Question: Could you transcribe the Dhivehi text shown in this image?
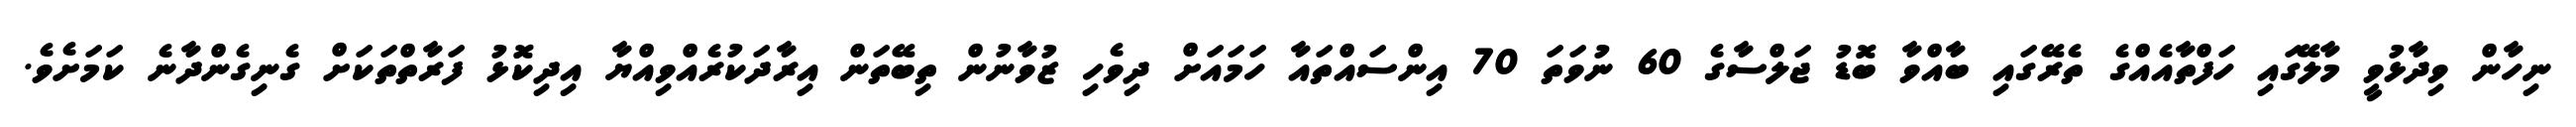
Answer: ނިހާން ވިދާޅުވީ މާލޭގައި ހަފްތާއެއްގެ ތެރޭގައި ބާއްވާ ބޮޑު ޖަލްސާގެ 60 ނުވަތަ 70 އިންސައްތައާ ހަމައަށް ދިވެހި ޒުވާނުން ތިބޭތަން އިރާދަކުރެއްވިއްޔާ އިދިކޮޅު ފަރާތްތަކަށް ގެނިގެންދާނެ ކަމަށެވެ.